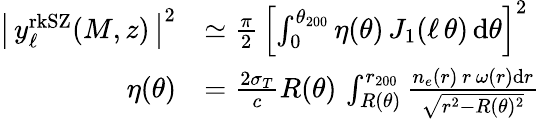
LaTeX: \begin{array}{rl}{\left|\, y_{\ell}^{\mathrm{rkSZ}}(M,z)\, \right|^{2}}&{\simeq\frac{\pi}{2}\, \left[\int_{0}^{\theta_{200}}\eta(\theta)\, J_{1}(\ell\, \theta)\, \mathrm{d}\theta\right]^{2}}\\ {\eta(\theta)}&{=\frac{2\sigma_{T}}{c}R(\theta)\, \int_{R(\theta)}^{r_{200}}\frac{n_{e}(r)\, r\, \omega(r)\mathrm{d}r}{\sqrt{r^{2}-R(\theta)^{2}}}}\end{array}